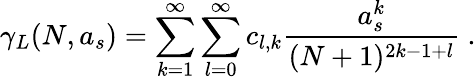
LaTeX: \gamma_{L}(N,a_{s})=\sum_{k=1}^{\infty}\sum_{l=0}^{\infty}c_{l,k}\frac{a_{s}^{k}}{(N+1)^{2k-1+l}}~.